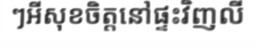
ៗអីសុខចិត្តនៅផ្ទះវិញលី